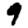
Digit: 9